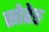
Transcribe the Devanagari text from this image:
सोरेङ